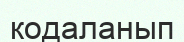
кодаланып